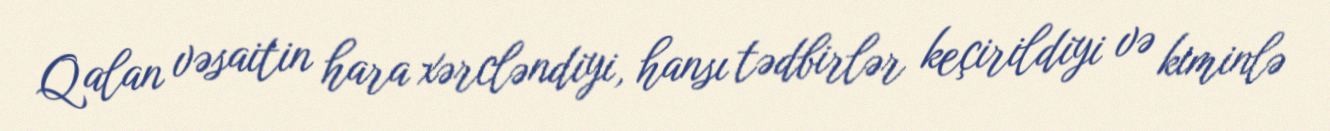
Qalan vəsaitin hara xərcləndiyi, hansı tədbirlər keçirildiyi və kiminlə